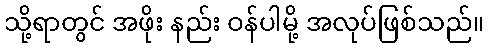
သို့ရာတွင် အဖိုး နည်း ဝန်ပါမို့ အလုပ်ဖြစ်သည်။